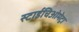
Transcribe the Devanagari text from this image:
स्टाईचिओमेट्रा